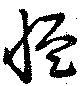
慍